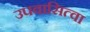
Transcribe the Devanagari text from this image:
उपवासित्वा